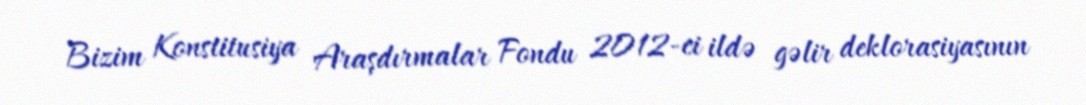
Bizim Konstitusiya Araşdırmalar Fondu 2012-ci ildə gəlir deklorasiyasının